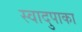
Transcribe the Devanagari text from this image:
स्वादुपाका